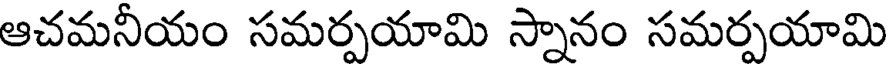
ఆచమనీయం సమర్పయామి స్నానం సమర్పయామి